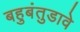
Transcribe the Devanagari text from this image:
बहुबंतुडावे